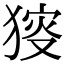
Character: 𤟫